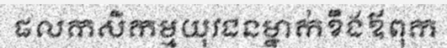
ផលកសិកម្មយុវជនម្នាក់ខឹងឪពុក